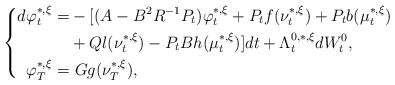
\begin{align*}\left\{\begin{aligned}d\varphi_t^{*,\xi}=&-[(A-B^2R^{-1}P_t)\varphi_t^{*,\xi}+P_tf(\nu_t^{*,\xi})+P_tb(\mu_t^{*,\xi})\\&+Ql(\nu_t^{*,\xi})-P_tBh(\mu_t^{*,\xi})]dt+\Lambda_t^{0,*,\xi}dW^0_t,\\\varphi_T^{*,\xi}=&~Gg(\nu_T^{*,\xi}),\end{aligned}\right.\end{align*}